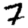
Digit: 7